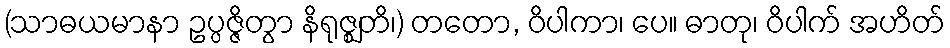
(သာဓယမာနာ ဥပ္ပဇ္ဇိတွာ နိရုဇ္ဈတိ၊) တတော, ဝိပါကာ၊ ပေ။ ဓာတု၊ ဝိပါက် အဟိတ်